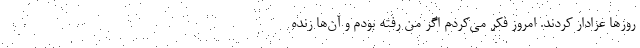
روزها عزادار کردند. امروز فکر می‌کردم اگر من رفته بودم و آن‌ها زنده